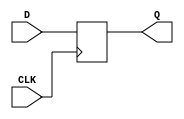
module d_latch (
    input wire D,
    input wire CLK,
    output reg Q
);

always @(posedge CLK) begin
    Q <= D;
end

endmodule